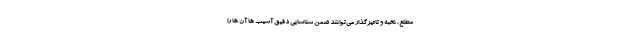
مطلع، نخبه و تاثیرگذار می‌توانند ضمن شناسایی دقیق آسیب ها آن ها را